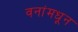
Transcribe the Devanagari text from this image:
वनांमधून